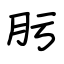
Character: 肟